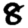
Digit: 8